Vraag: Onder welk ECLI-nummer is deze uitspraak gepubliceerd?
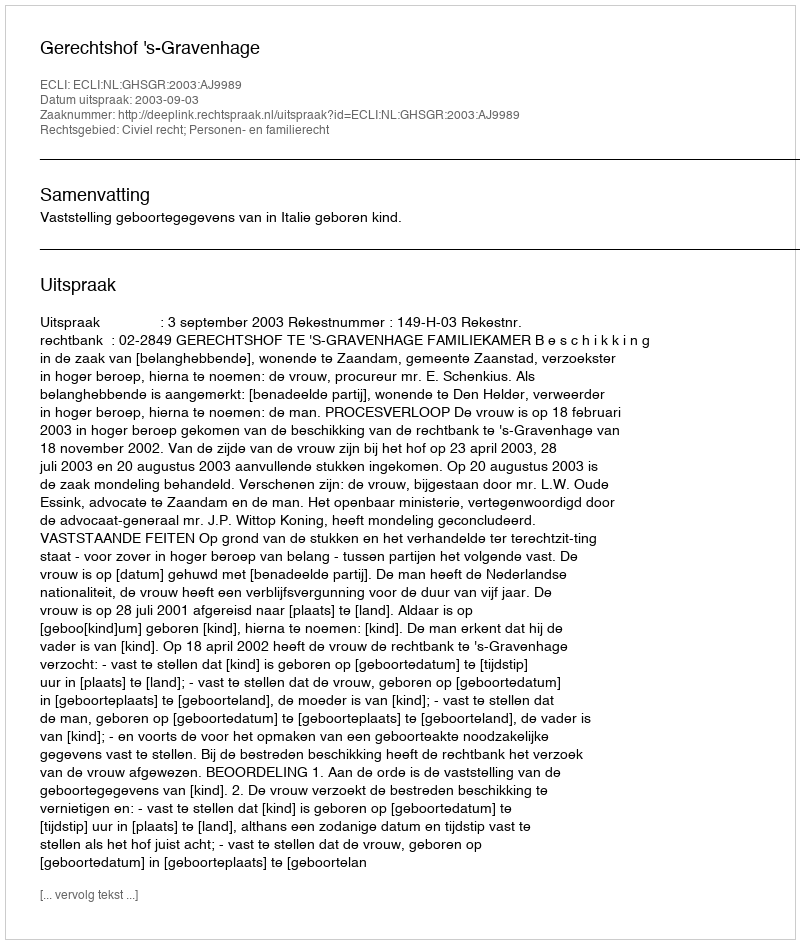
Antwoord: ECLI:NL:GHSGR:2003:AJ9989